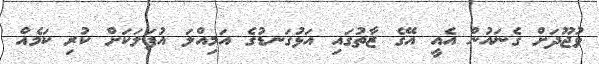
ވުޖޫދަށް ގެނައުން އެއީ އޭގެ ޒާތުގައި އަޅުގަނޑުގެ އަމިއްލަ އުފަލަކަށް ކުރި ކަމެއް